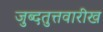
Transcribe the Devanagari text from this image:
जुब्दतुत्तवारीख